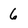
Character: 6